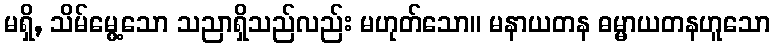
မရှိ, သိမ်မွေ့သော သညာရှိသည်လည်း မဟုတ်သော။ မနာယတန ဓမ္မာယတနဟူသော